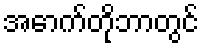
အောက်တိုဘာတွင်